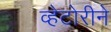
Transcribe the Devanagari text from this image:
व्हेटोरीने